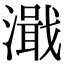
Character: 濈